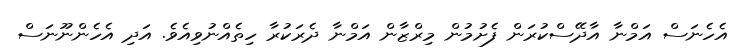
އެހެނަސް އަމްނާ އާދޭސްކުރަން ފެށުމުން މިރްޒާން އަމްނާ ދެރަކުރާ ހިތެއްނުވިއެވެ. އަދި އެހެންނޫނަސް